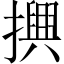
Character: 𢷲